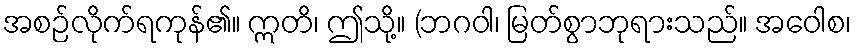
အစဉ်လိုက်ရကုန်၏။ ဣတိ၊ ဤသို့။ (ဘဂဝါ၊ မြတ်စွာဘုရားသည်။ အဝေါစ၊